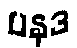
ပနုဒ